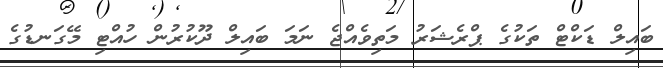
ބައިލް ޑަކްޓް ތަކުގެ ޕްރެޝަރު މަތިވެއްޖެ ނަމަ ބައިލް ދޫކުރުން ހުއްޓި މޭގަނޑުގެ